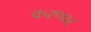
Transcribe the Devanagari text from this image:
करणार्